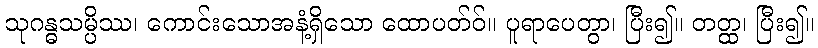
သုဂန္ဓသမ္ပိဿ၊ ကောင်းသောအနံ့ရှိသော ထောပတ်ဝ်။ ပူရာပေတွာ၊ ပြီး၍။ တတ္ထ၊ ပြီး၍။